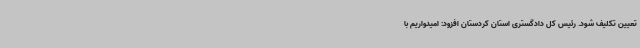
تعیین تکلیف شود. رئیس کل دادگستری استان کردستان افزود: امیدواریم با